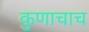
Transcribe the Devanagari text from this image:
कुणाचाच